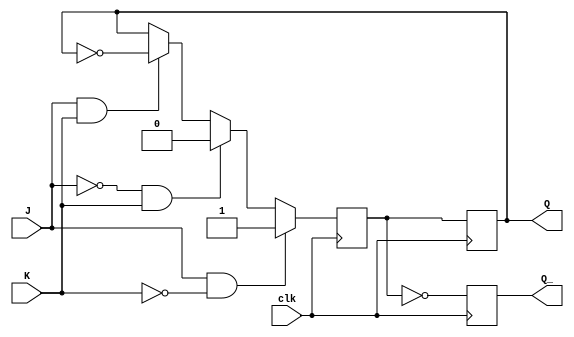
module jk_ff (
    input J,
    input K,
    input clk,
    output reg Q,
    output reg Q_
);

reg Q_next;

always @(posedge clk) begin
    if (J & ~K) begin
        Q_next <= 1;
    end else if (~J & K) begin
        Q_next <= 0;
    end else if (J & K) begin
        Q_next <= ~Q;
    end else begin
        Q_next <= Q;
    end
end

always @(posedge clk) begin
    Q <= Q_next;
    Q_ <= ~Q_next;
end

endmodule